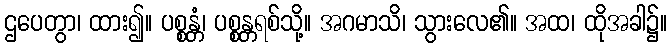
ဌပေတွာ၊ ထား၍။ ပစ္စန္တံ၊ ပစ္စန္တရစ်သို့။ အဂမာသိ၊ သွားလေ၏။ အထ၊ ထိုအခါ၌။